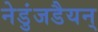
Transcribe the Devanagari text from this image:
नेडुंजडैयन्